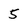
Character: 5